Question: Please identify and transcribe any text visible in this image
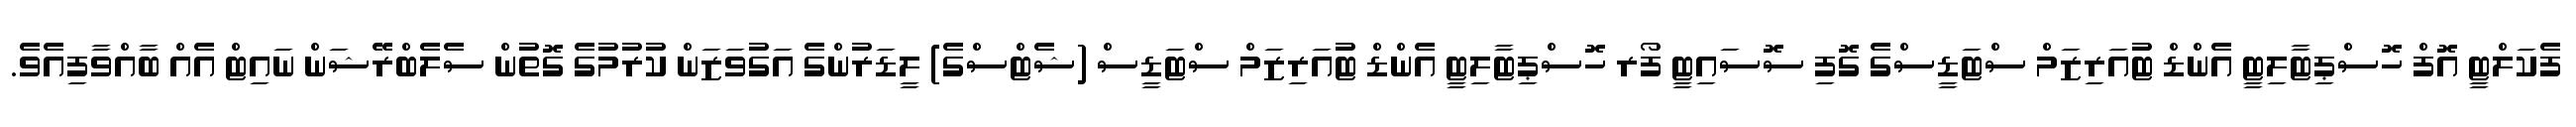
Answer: ފެކަލްޓީ އޮފް ހޮސްޕިޓާލިޓީ އެންޑް ޓުއަރިޒަމް ސްޓަޑީސްގެ ގޮފި ސޮސައިޓީ ފޯރ ހޮސްޕިޓާލިޓީ އެންޑް ޓުއަރިޒަމް ސްޓަޑީސް (ޝެޓްސްގެ) ލީޑަރުންގެ އަގުވަޒަން ކުރުމުގެ ގޮތުން ސެލެބްރޭޝަން ނައިޓް އެއް ބާއްވާފިއެވެ.